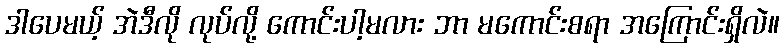
ဒါပေမယ့် အဲဒီလို လုပ်လို့ ကောင်းပါ့မလား ဘာ မကောင်းစရာ အကြောင်းရှိလဲ။